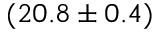
( 2 0 . 8 \pm 0 . 4 )